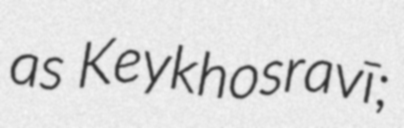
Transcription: as Keykhosravī;